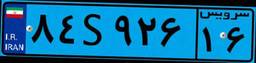
۰۵S۱۹۲۸۶